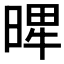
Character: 𣈾